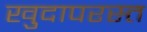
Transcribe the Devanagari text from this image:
खुदापरस्त